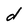
Character: d